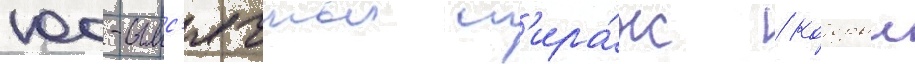
100-тыс'ячныи т'ира́ж / которыи